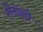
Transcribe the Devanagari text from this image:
शेताली